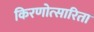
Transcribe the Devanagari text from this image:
किरणोत्सारिता